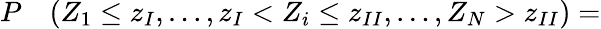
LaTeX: \begin{array}{rl}{P}&{{}(Z_{1}\leq z_{I},\dotsc,z_{I}<Z_{i}\leq z_{II},\dotsc,Z_{N}>z_{II})=}\end{array}